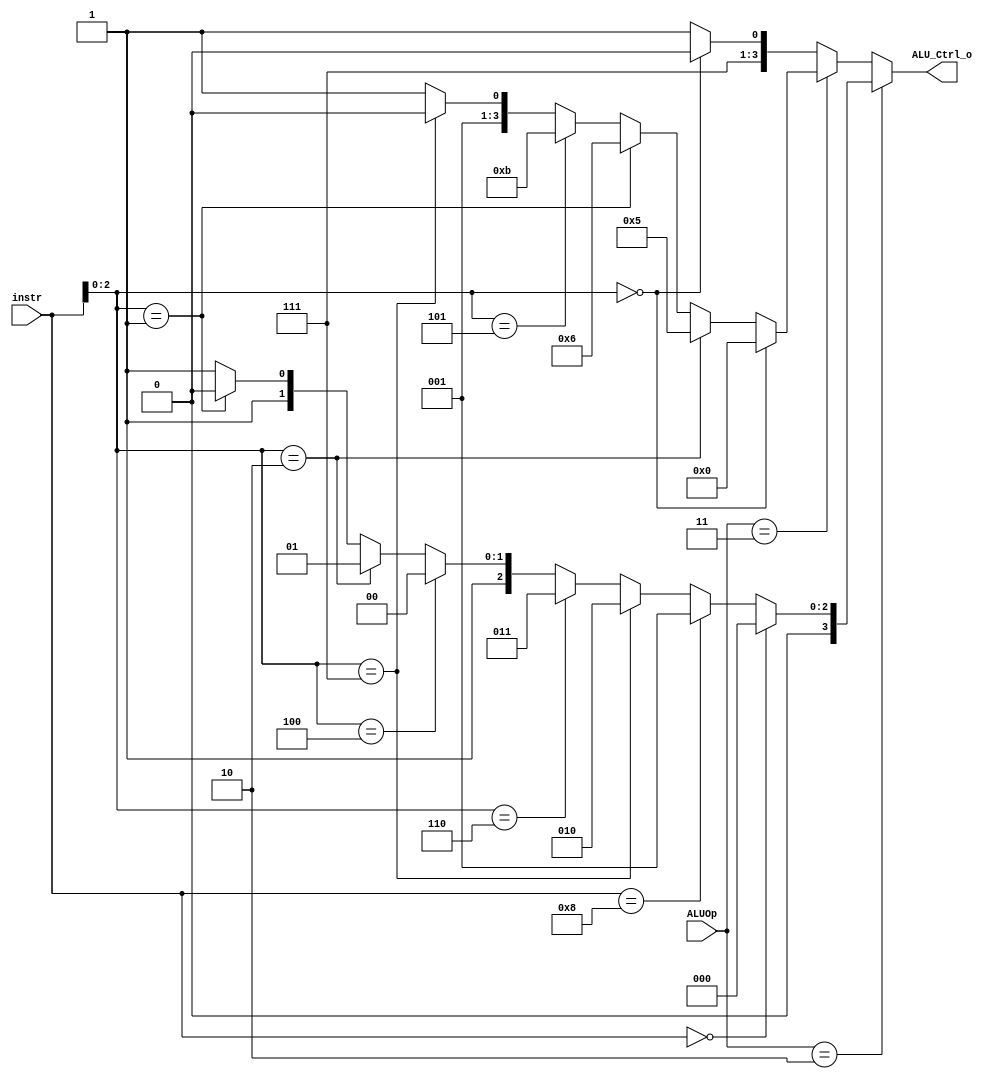
/***************************************************
Student Name: 
Student ID: 
***************************************************/

`timescale 1ns/1ps

module ALU_Ctrl(
	input	[4-1:0]	instr,
	input	[2-1:0]	ALUOp,
	output	[4-1:0] ALU_Ctrl_o
	);
	
/* Write your code HERE */
//reg [3:0]test;
//always@(*)
//begin
//	test=instr;
//	$display("%d", test);
//end
/*
if(ALUOp==2'b00)
	begin
		if(instr[2:0]==3'b000)
			begin
				if(instr[3]==1'b0)
					assign ALU_Ctrl_o = 4'b0000;
				else
					assign ALU_Ctrl_o = 4'b0001;
			end
		if(instr[2:0]==3'b111)
			assign ALU_Ctrl_o = 4'b0010;
		if(instr[2:0]==3'b110)
			assign ALU_Ctrl_o = 4'b0011;
		if(instr[2:0]==3'b100)
			assign ALU_Ctrl_o = 4'b0100;
		if(instr[2:0]==3'b010)
			assign ALU_Ctrl_o = 4'b0101;
		if(instr[2:0]==3'b001)
			assign ALU_Ctrl_o = 4'b0110;
		if(instr[2:0]==3'b101)
			assign ALU_Ctrl_o = 4'b0111;
	end

if(ALUOp==2'b01)
	begin
		if(instr[2:0]==3'b000)
			assign ALU_Ctrl_o = 4'b1000;
		if(instr[2:0]==3'b010)
			assign ALU_Ctrl_o = 4'b1001;
		if(instr[2:0]==3'b001)
			assign ALU_Ctrl_o = 4'b1010;
		if(instr[2:0]==3'b101)
			assign ALU_Ctrl_o = 4'b1011;
		if(instr[2:0]==3'b111)
			assign ALU_Ctrl_o = 4'b1100;
		if(instr[2:0]==3'b110)
			assign ALU_Ctrl_o = 4'b1101;
	end

if(ALUOp==3'b11)
	begin
		if(instr[2:0]==3'b000)
			assign ALU_Ctrl_o = 4'b1110;
		if(instr[2:0]==3'b001)
			assign ALU_Ctrl_o = 4'b1111;
	end
	*/
assign ALU_Ctrl_o=(ALUOp==2'b10)? //rtype
							(instr==4'b0000)?4'b0000:
							(instr==4'b1000)?4'b0001:
							(instr[2:0]==3'b111)?4'b0010:
							(instr[2:0]==3'b110)?4'b0011:
							(instr[2:0]==3'b100)?4'b0100:
							(instr[2:0]==3'b010)?4'b0101:
							(instr[2:0]==3'b001)?4'b0110:
								4'b0111
						:(ALUOp==2'b11)?//elif itype
							(instr[2:0]==3'b000)?4'b0000:
							(instr[2:0]==3'b010)?4'b0101:
							(instr[2:0]==3'b001)?4'b0110:
							(instr[2:0]==3'b101)?4'b1011:
							(instr[2:0]==3'b111)?4'b0010:
								4'b0011
						:(instr[2:0]==3'b000)?4'b1110:
								4'b1111;

endmodule